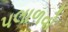
પલાળવો